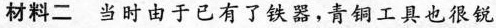
材料二当时由于已有了铁器，青铜工具也很锐